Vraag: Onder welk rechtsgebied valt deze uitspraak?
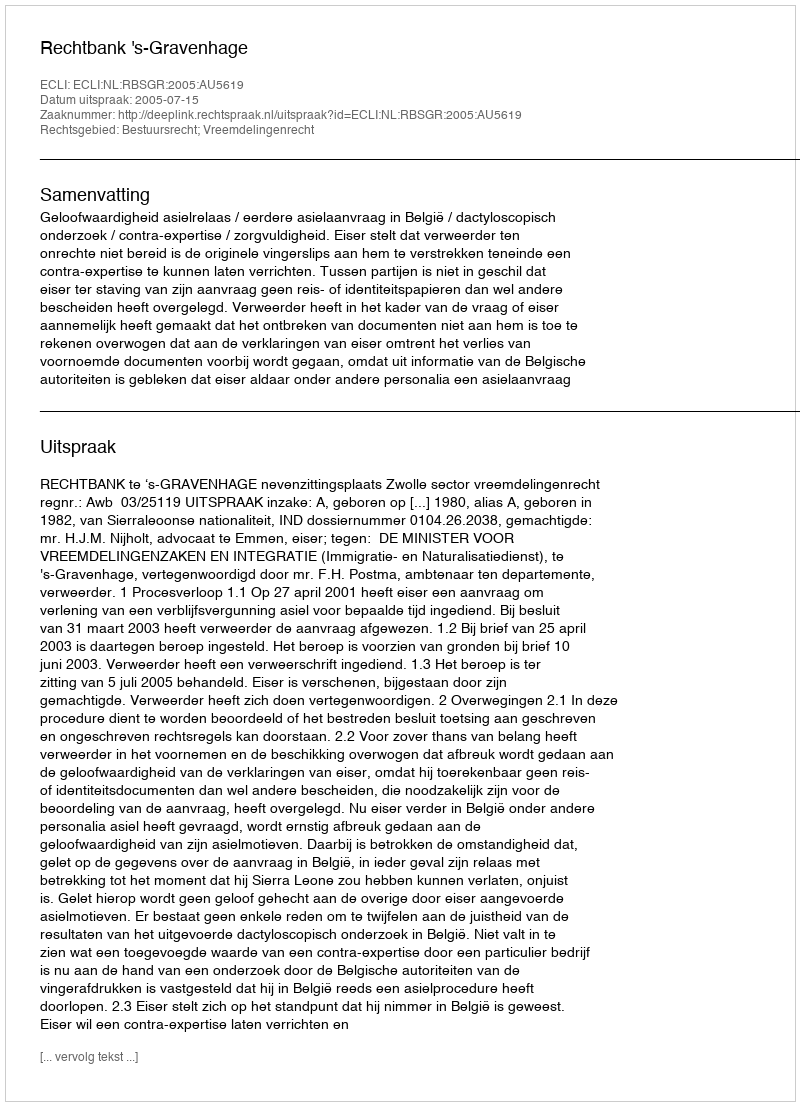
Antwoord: Bestuursrecht; Vreemdelingenrecht